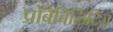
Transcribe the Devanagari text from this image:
प्रोबैबिलिटिज़